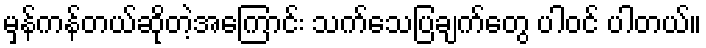
မှန်ကန်တယ်ဆိုတဲ့အကြောင်း သက်သေပြချက်တွေ ပါဝင် ပါတယ်။